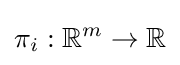
\pi _{i}:\mathbb {R} ^{m}\to \mathbb {R}